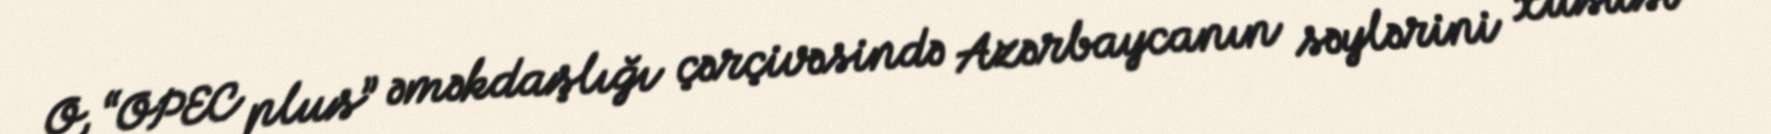
O, “OPEC plus” əməkdaşlığı çərçivəsində Azərbaycanın səylərini xüsusi